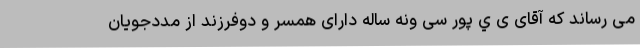
می رساند که آقای ی ي پور سی ونه ساله دارای همسر و دوفرزند از مددجویان